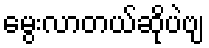
မွေးလာတယ်ဆိုပဲဗျ